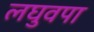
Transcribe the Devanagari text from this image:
लघुवपा